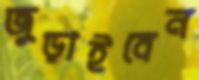
জুড়াইবেন